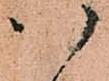
以